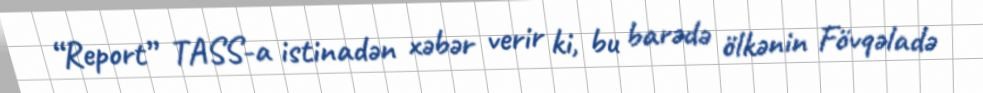
“Report” TASS-a istinadən xəbər verir ki, bu barədə ölkənin Fövqəladə